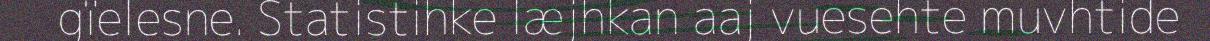
gïelesne. Statistihke læjhkan aaj vuesehte muvhtide